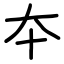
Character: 夲